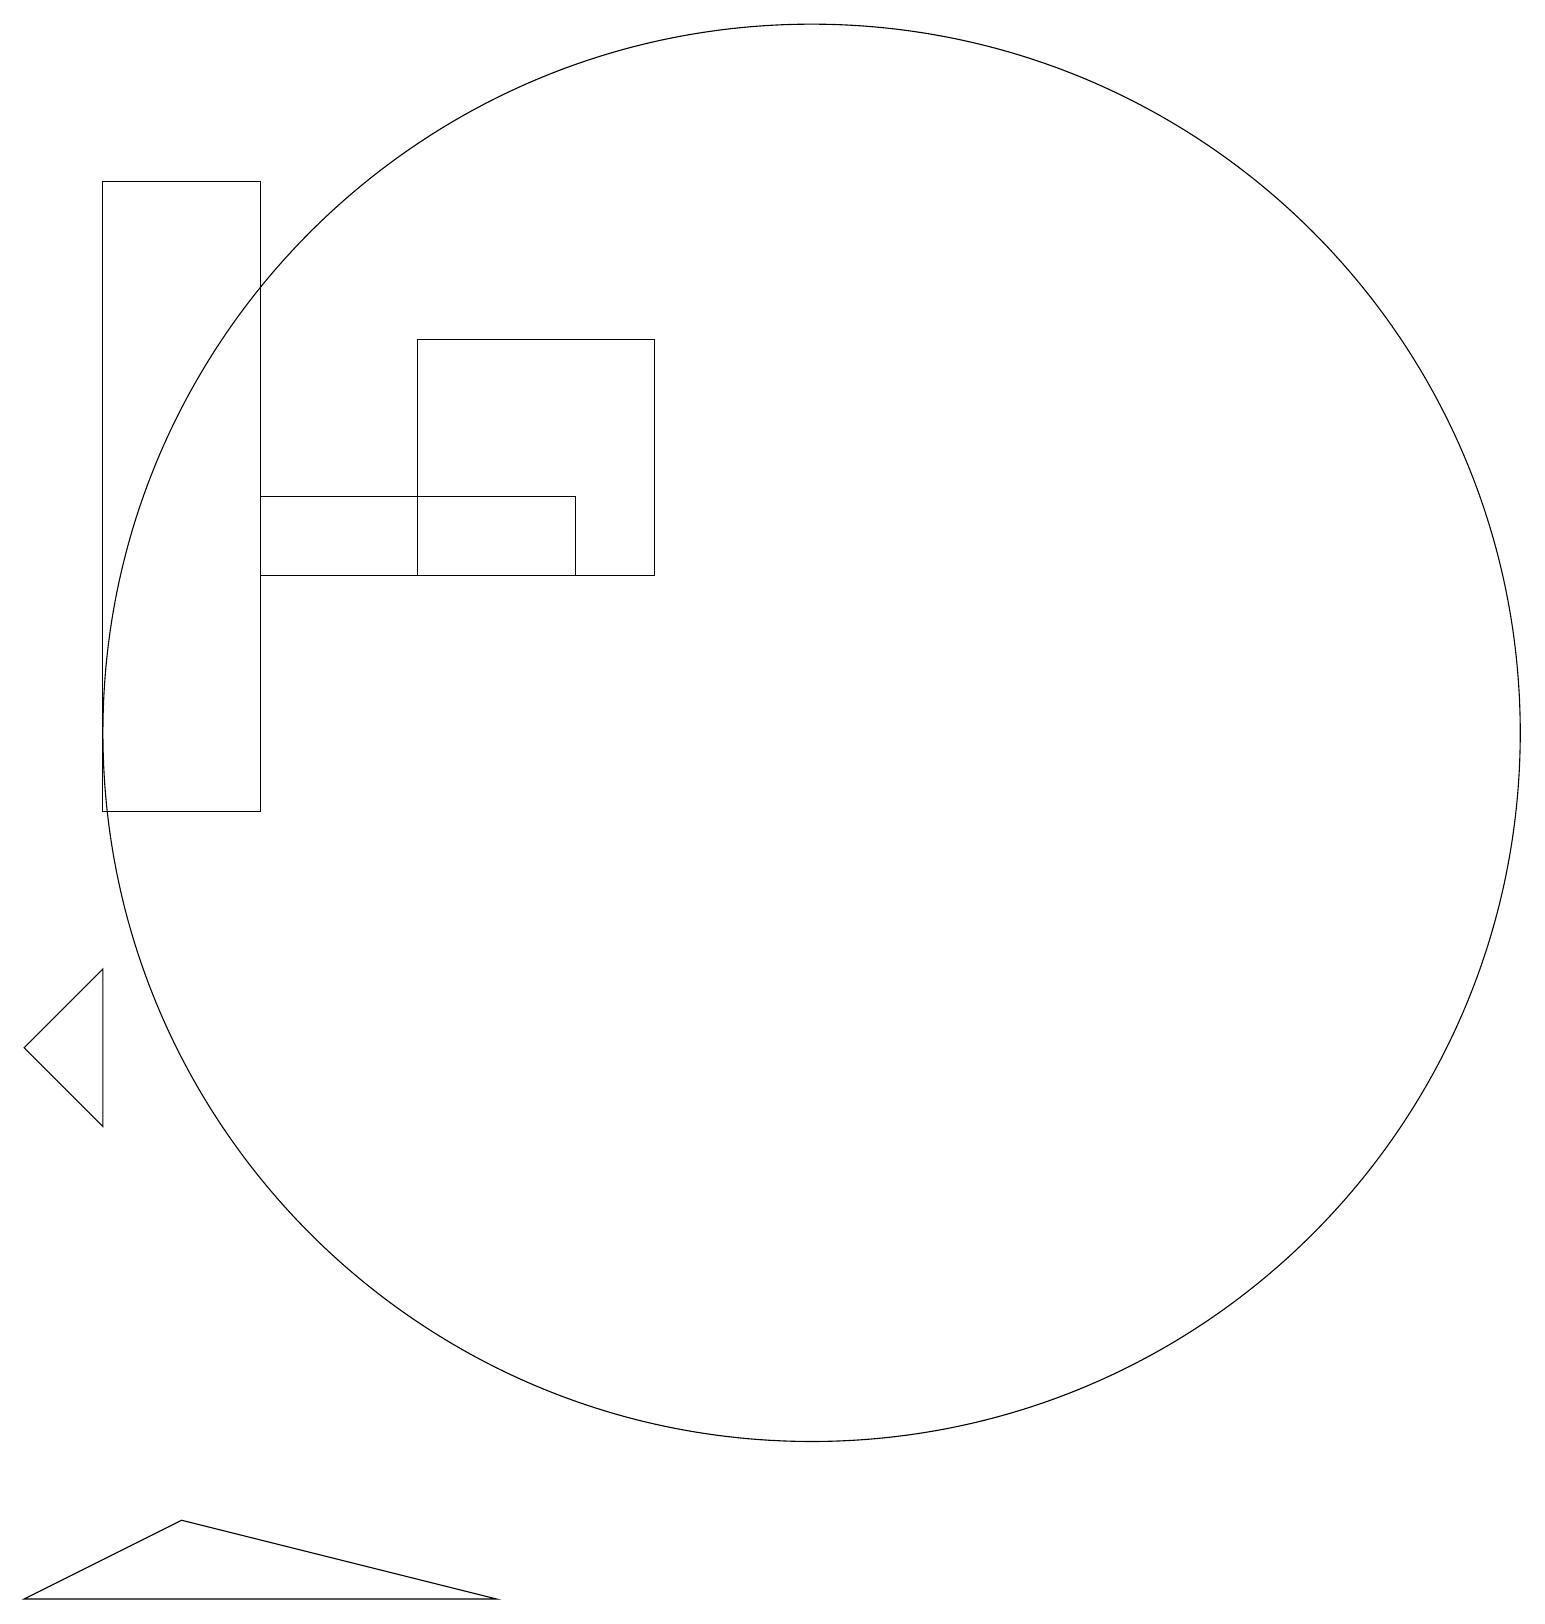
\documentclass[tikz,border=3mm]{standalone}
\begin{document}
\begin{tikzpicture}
\draw (2,8) -- (2,6) -- (1,7) -- cycle;
\draw (4,13) rectangle (8,14);
\draw (9,16) rectangle (6,13);
\draw (7,0) -- (3,1) -- (1,0) -- cycle;
\draw (11,11) circle (9);
\draw (4,10) rectangle (2,18);
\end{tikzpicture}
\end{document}